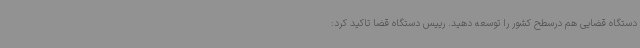
دستگاه قضایی هم درسطح کشور را توسعه دهید. رییس دستگاه قضا تاکید کرد: